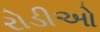
રોડીઓ